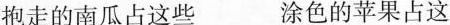
抱走的南瓜占这些 涂色的苹果占这